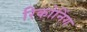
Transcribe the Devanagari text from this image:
रिकोनिंग